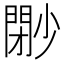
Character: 𡮩